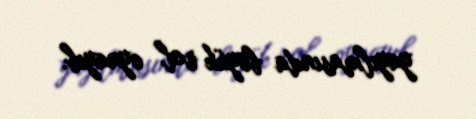
yayılmasında böyük rol oynayıb.